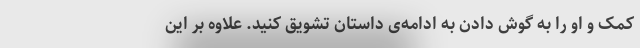
کمک و او را به گوش دادن به ادامه‌ی داستان تشویق کنید. علاوه بر این